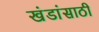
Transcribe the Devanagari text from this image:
खंडांसाठी